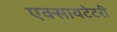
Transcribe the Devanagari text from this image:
एक्सायटेटरी